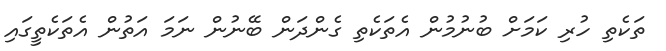
ތަކެތި ހުރި ކަމަށް ބުނުމުން އެތަކެތި ގެންދަން ބޭނުން ނަމަ އަތުން އެތަކެތީގައި